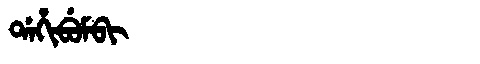
Manchu: ᡩᠠᡥᡳᠪᡠᠮᠪᡳ
Romanization: DAHIBUMBI